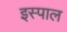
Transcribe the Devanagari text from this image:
इस्पाल